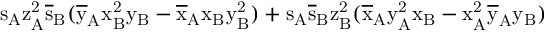
\mathrm { s _ { A } \mathrm { z _ { A } ^ { 2 } \mathrm { \overline { { s } } _ { B } ( \mathrm { \overline { { y } } _ { A } \mathrm { x _ { B } ^ { 2 } \mathrm { y _ { B } - \mathrm { \overline { { x } } _ { A } \mathrm { x _ { B } \mathrm { y _ { B } ^ { 2 } ) + \mathrm { s _ { A } \mathrm { \overline { { s } } _ { B } \mathrm { z _ { B } ^ { 2 } ( \mathrm { \overline { { x } } _ { A } \mathrm { y _ { A } ^ { 2 } \mathrm { x _ { B } - \mathrm { x _ { A } ^ { 2 } \mathrm { \overline { { y } } _ { A } \mathrm { y _ { B } ) } } } } } } } } } } } } } } } } } }